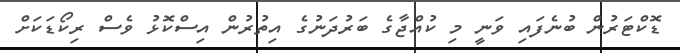
ޑޮކްޓަރުން ބުނެފައި ވަނީ މި ކުއްޖާގެ ބަރުދަނުގެ އިތުރުން އިސްކޮޅު ވެސް ރިކޯޑަކަށް